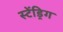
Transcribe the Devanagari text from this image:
स्टेंड्रिग